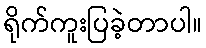
ရိုက်ကူးပြခဲ့တာပါ။